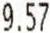
9.57